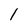
Character: l